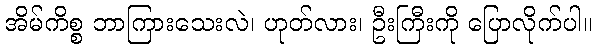
အိမ်ကိစ္စ ဘာကြားသေးလဲ၊ ဟုတ်လား၊ ဦးကြီးကို ပြောလိုက်ပါ။